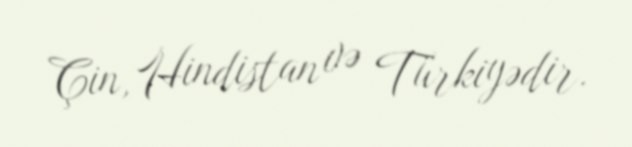
Çin, Hindistan və Türkiyədir.